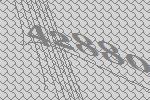
42880